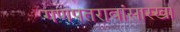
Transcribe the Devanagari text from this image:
गणपतरावांसारखा